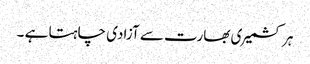
ہر کشمیری بھارت سے آزادی چاہتا ہے ۔